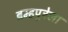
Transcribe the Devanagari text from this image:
ब्रम्हपुत्रेला